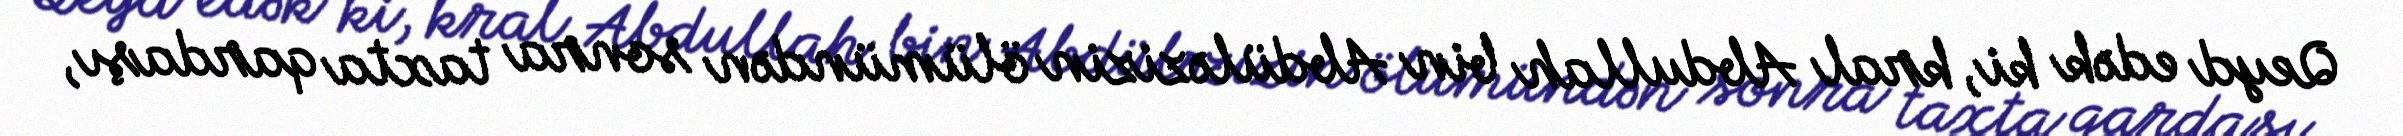
Qeyd edək ki, kral Abdullah bin Abdüləzizin ölümündən sonra taxta qardaşı,